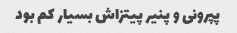
پپرونی و پنیر پیتزاش بسیار کم‌ بود